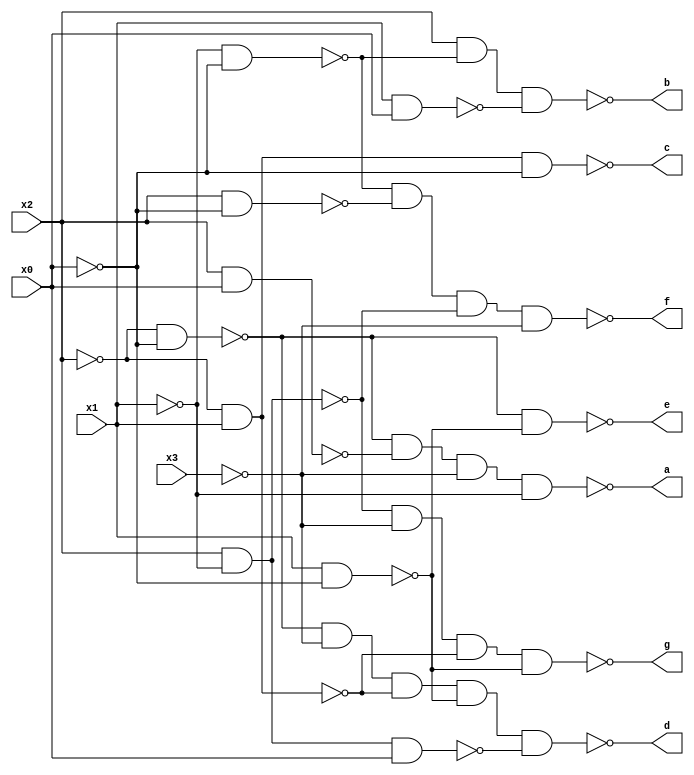
`timescale 1ns / 1ps
//////////////////////////////////////////////////////////////////////////////////
// Company: 
// Engineer: 
// 
// Design Name: 
// Module Name:    main 
// Project Name: 
// Target Devices: 
// Tool versions: 
// Description: 
//
// Dependencies: 
//
// Revision: 
// Revision 0.01 - File Created
// Additional Comments: 
//
//////////////////////////////////////////////////////////////////////////////////
module main(
		input x3,
		input x2,
		input x1,
		input x0,
		output a,
		output b,
		output c,
		output d,
		output e,
		output f,
		output g
		);
		
		assign a = !(!(!x2 & !x0) & !(x2 & x0) & !x3 & !x1);
		assign b = !(x2 & !(!x1 & !x0) & !(x1 & x0));
		assign c = !(x1 & !x2 & !x0);
		assign d = !(!(!x2 & !x0) & !x3 & !(!x2 & x1) & !(x1 & !x0) & !(x2 & !x1 & x0));
		assign e = !(!(!x2 & !x0) & !(x1 & !x0));
		assign f = !(!(!x1 & !x0) & !(x2 & !x0) & !(x2 & !x1) & !x3);
		assign g = !(!(x2 & !x1) & !x3 & !(!x2 & x1) & !(x1 & !x0));
		
endmodule